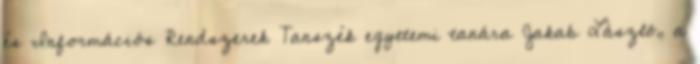
és Információs Rendszerek Tanszék egyetemi tanára Jakab László, a